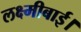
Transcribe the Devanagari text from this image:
लक्ष्मीबाई।